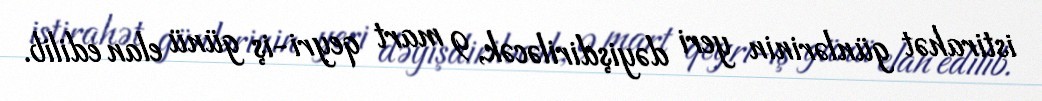
istirahət günlərinin yeri dəyişdiriləcək, 9 mart qeyri-iş günü elan edilib.